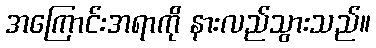
အကြောင်းအရာကို နားလည်သွားသည်။